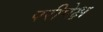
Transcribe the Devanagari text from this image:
परीपेक्ष